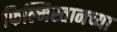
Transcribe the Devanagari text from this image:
फिल्मिस्तानच्या